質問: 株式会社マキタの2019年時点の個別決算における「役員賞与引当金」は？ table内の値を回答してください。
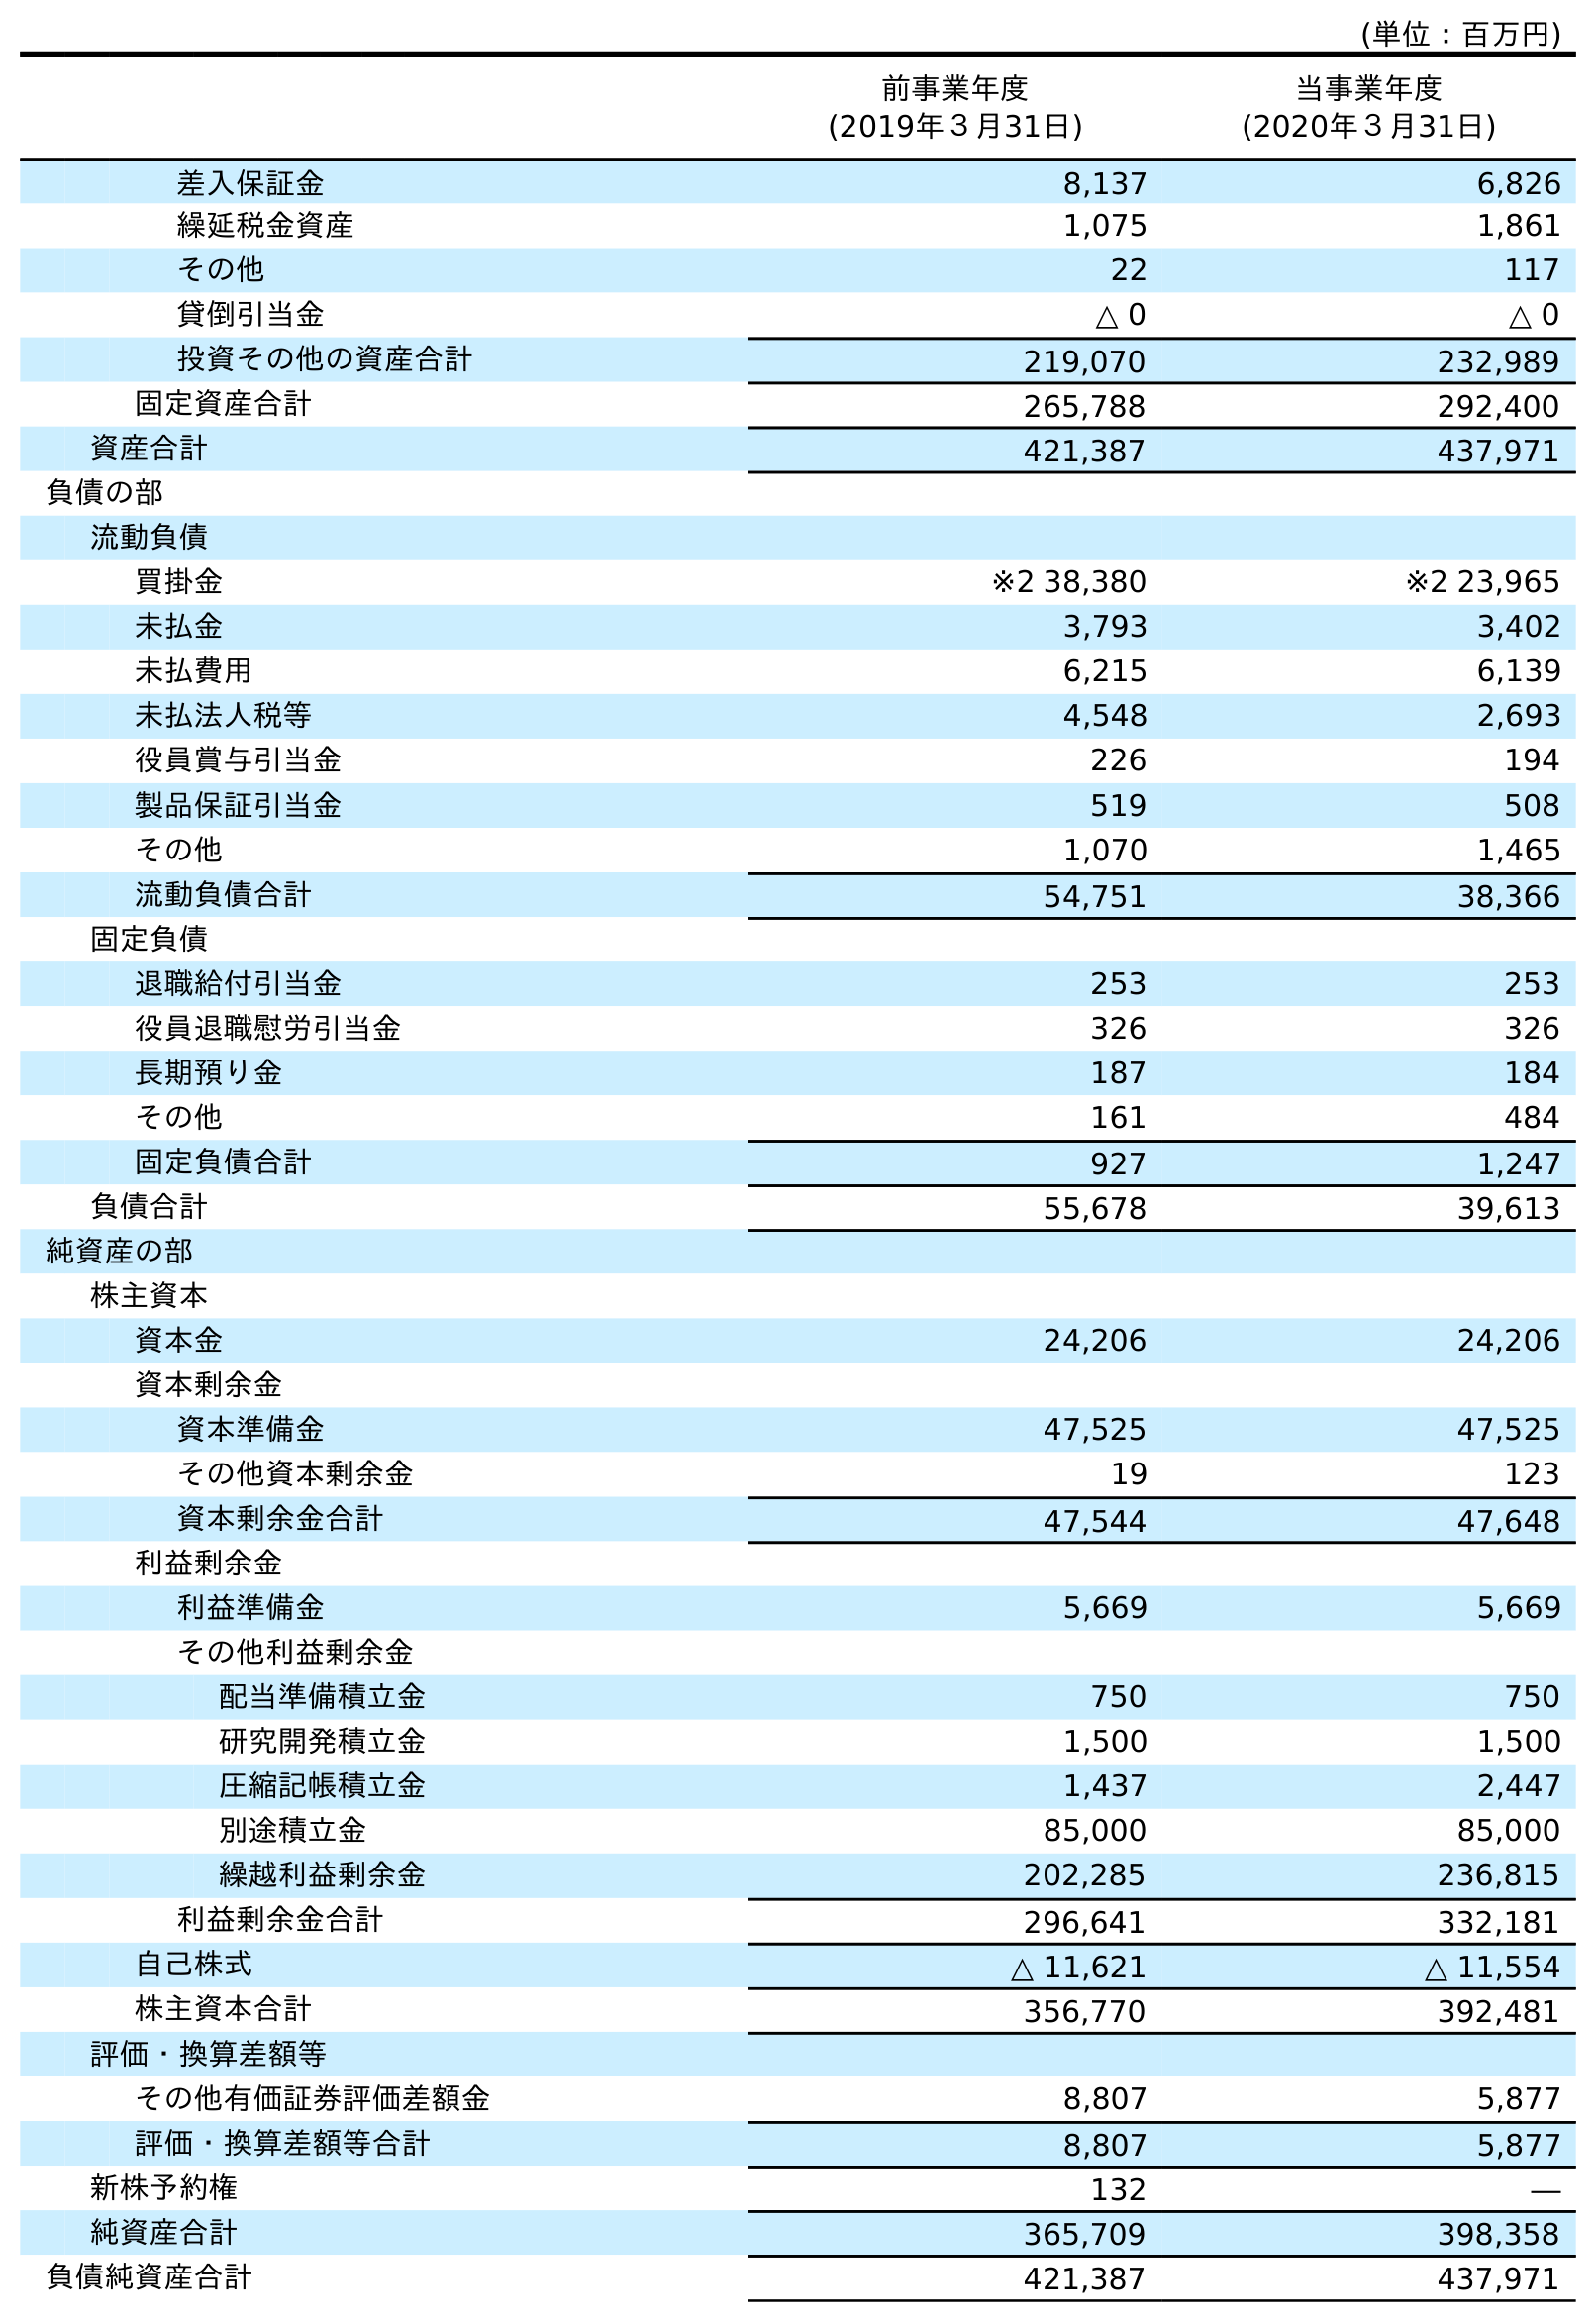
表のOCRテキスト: (単位：百万円) 前事業年度 (2019年３月31日) 当事業年度 (2020年３月31日) 差入保証金 8,137 6,826 繰延税金資産 1,075 1,861 その他 22 117 貸倒引当金 △ 0 △ 0 投資その他の資産合計 219,070 232,989 固定資産合計 265,788 292,400 資産合計 421,387 437,971 負債の部 流動負債 買掛金 ※2 38,380 ※2 23,965 未払金 3,793 3,402 未払費用 6,215 6,139 未払法人税等 4,548 2,693 役員賞与引当金 226 194 製品保証引当金 519 508 その他 1,070 1,465 流動負債合計 54,751 38,366 固定負債 退職給付引当金 253 253 役員退職慰労引当金 326 326 長期預り金 187 184 その他 161 484 固定負債合計 927 1,247 負債合計 55,678 39,613 純資産の部 株主資本 資本金 24,206 24,206 資本剰余金 資本準備金 47,525 47,525 その他資本剰余金 19 123 資本剰余金合計 47,544 47,648 利益剰余金 利益準備金 5,669 5,669 その他利益剰余金 配当準備積立金 750 750 研究開発積立金 1,500 1,500 圧縮記帳積立金 1,437 2,447 別途積立金 85,000 85,000 繰越利益剰余金 202,285 236,815 利益剰余金合計 296,641 332,181 自己株式 △ 11,621 △ 11,554 株主資本合計 356,770 392,481 評価・換算差額等 その他有価証券評価差額金 8,807 5,877 評価・換算差額等合計 8,807 5,877 新株予約権 132 ― 純資産合計 365,709 398,358 負債純資産合計 421,387 437,971
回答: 226